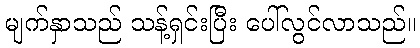
မျက်နှာသည် သန့်ရှင်းပြီး ပေါ်လွင်လာသည်။